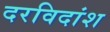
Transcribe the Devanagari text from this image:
दरविदांश